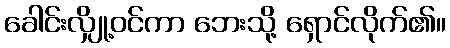
ခေါင်းလျှို့ဝင်ကာ ဘေးသို့ ရှောင်လိုက်၏။